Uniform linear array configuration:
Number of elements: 4
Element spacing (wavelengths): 0.5
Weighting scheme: blackman
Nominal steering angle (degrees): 0
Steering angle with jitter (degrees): -0.2372
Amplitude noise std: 0.05
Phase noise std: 0.05

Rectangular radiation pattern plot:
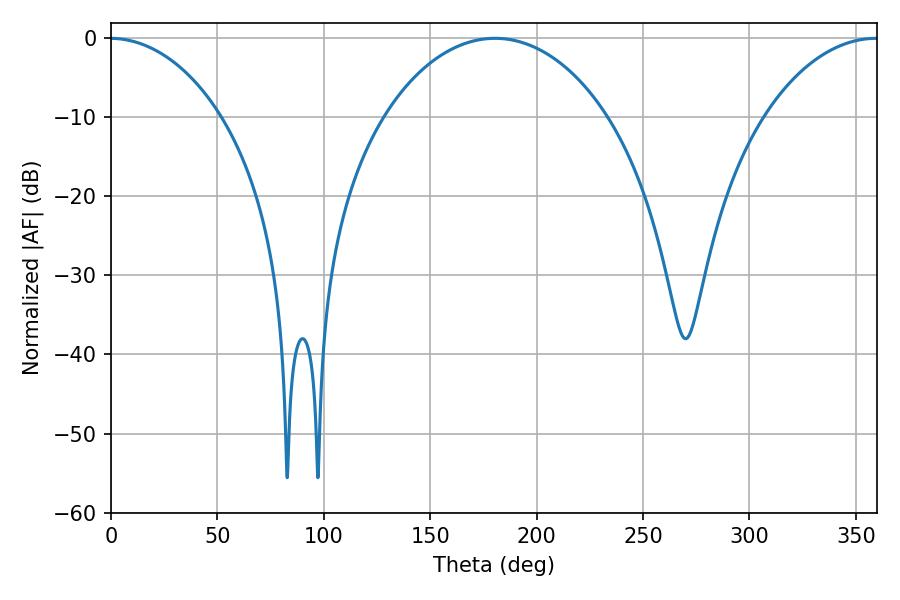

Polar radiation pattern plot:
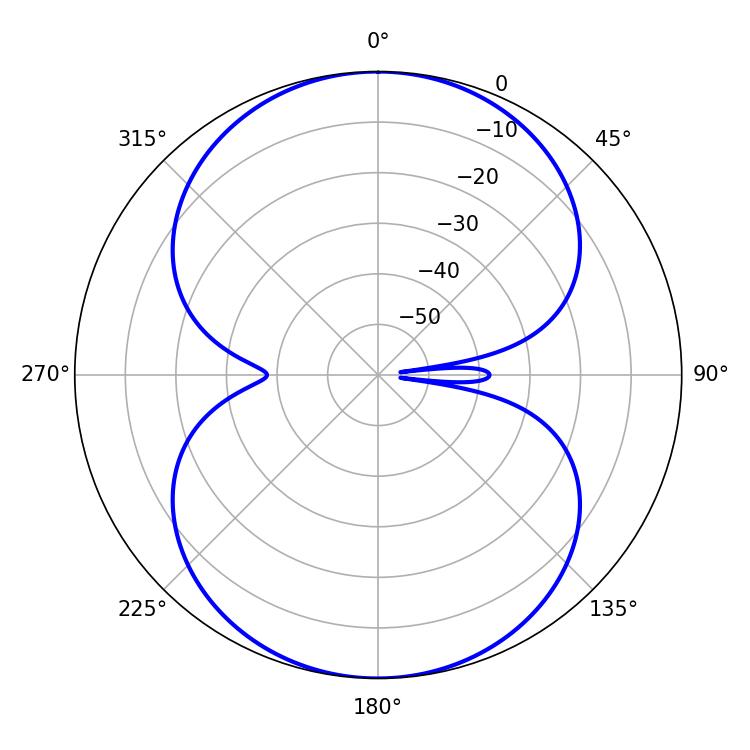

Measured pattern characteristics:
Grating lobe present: FALSE
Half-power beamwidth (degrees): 59.76
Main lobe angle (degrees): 180.54